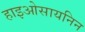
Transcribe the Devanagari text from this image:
हाइओसायनिन